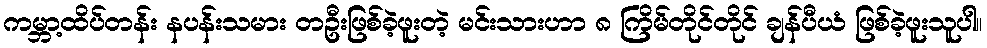
ကမ္ဘာ့ထိပ်တန်း နပန်းသမား တဦးဖြစ်ခဲ့ဖူးတဲ့ မင်းသားဟာ ၈ ကြိမ်တိုင်တိုင် ချန်ပီယံ ဖြစ်ခဲ့ဖူးသူပါ။